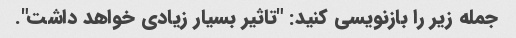
جمله زیر را بازنویسی کنید: "تاثیر بسیار زیادی خواهد داشت".